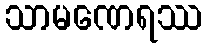
သာမဏေရဿ